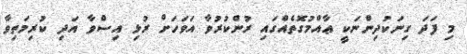
މި ފަދަ ގިނަކުދިންނަކީ ޢާއްމުގޮތެއްގައި ރުންކުރުވާ އަވަހަށް ރުޅި އިސްވާ އަދި ކުރިމަތިވާ